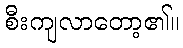
စီးကျလာတော့၏။